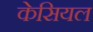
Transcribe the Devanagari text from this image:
केसियल